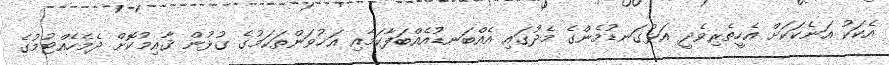
އެކަކު އަނެކަކަށް އެހީތެރިވެދީ އަޅުގަނޑުމެންގެ މެދުގައި އެއްބަނޑުއެއްބަފާކަމާއި އަޚުވަންތަކަމުގެ ގުޅުން ޤާއިމުކޮށް ދެމެހެއްޓުމުގެ